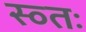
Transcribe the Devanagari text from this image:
स्व्तः